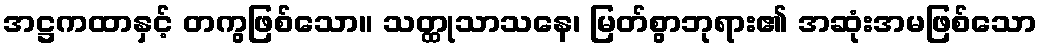
အဋ္ဌကထာနှင့် တကွဖြစ်သော။ သတ္ထုသာသနေ၊ မြတ်စွာဘုရား၏ အဆုံးအမဖြစ်သော